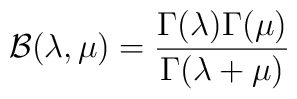
{\cal B}(\lambda,\mu)=\frac {\Gamma(\lambda)\Gamma(\mu)}{\Gamma(\lambda+\mu)}